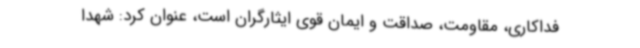
فداکاری، مقاومت، صداقت و ایمان قوی ایثارگران است، عنوان کرد: شهدا